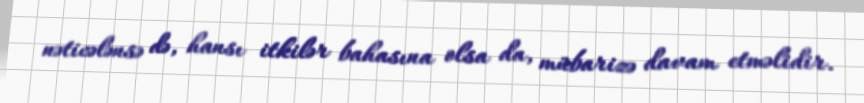
nəticələnsə də, hansı itkilər bahasına olsa da, mübarizə davam etməlidir.